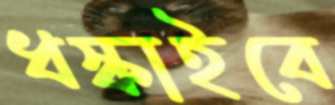
ধস্‌কাইবে